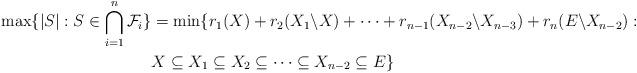
LaTeX: \begin{align*} \max\{|S|:S\in\bigcap_{i=1}^n\mathcal{F}_i\}&=\min\{r_1(X)+r_2(X_1\backslash X)+\dots+r_{n-1}(X_{n-2}\backslash X_{n-3})+r_n(E\backslash X_{n-2}):\\ &X\subseteq X_1\subseteq X_2\subseteq \dots\subseteq X_{n-2}\subseteq E\} \end{align*}